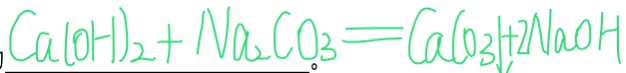
C a ( O H ) _ { 2 } + N a _ { 2 } C O _ { 3 } = C a C O _ { 3 } \downarrow + 2 N a O H